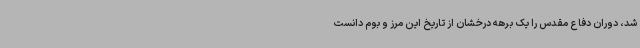
شد، دوران دفاع مقدس را یک برهه درخشان از تاریخ این مرز و بوم دانست